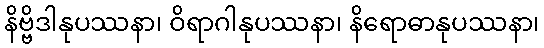
နိဗ္ဗိဒါနုပဿနာ၊ ဝိရာဂါနုပဿနာ၊ နိရောဓာနုပဿနာ၊